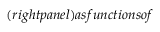
( r i g h t p a n e l ) a s f u n c t i o n s o f